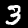
Label: 3